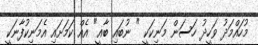
މުހައްމަދު ވަހީދު ހަސަން މަނިކަކީ " ނުބައި ބާޣީ" އެއް ކަމަށައި އެމަނިކުފާނަކީ